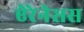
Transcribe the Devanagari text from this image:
ऐरेनेसस